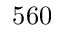
5 6 0